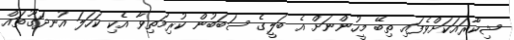
ޝިކާރައަކަށްވެފައި ތިބޭ މީހުންނަށް އެ ބަލީގެ ސަބަބުން ކުރިމަތިވާ އެކި ކަހަލަ އުނދަގޫތައް